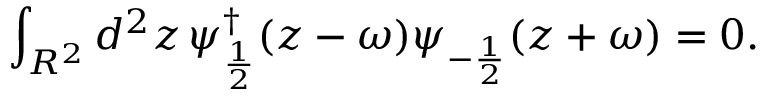
\int _ { R ^ { 2 } } d ^ { 2 } z \, \psi _ { \frac { 1 } { 2 } } ^ { \dagger } ( z - \omega ) \psi _ { - \frac { 1 } { 2 } } ( z + \omega ) = 0 .